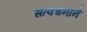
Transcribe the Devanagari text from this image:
सत्वचनाने